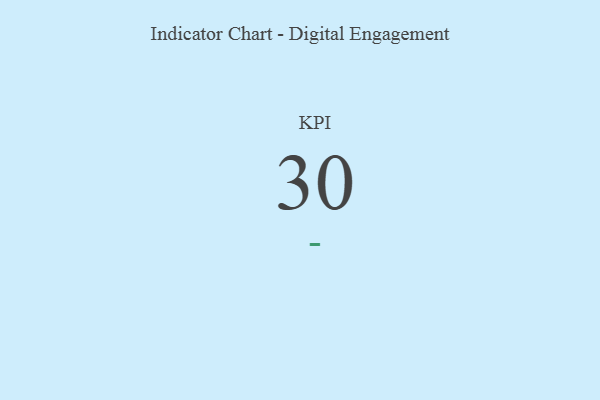
{"axis": {"x": "KPI", "y": "Value"}, "legend": [""], "data": [{"x": "KPI", "y": 30, "type": ""}]}